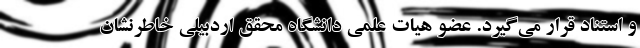
و استناد قرار می‌گیرد. عضو هیات علمی دانشگاه محقق اردبیلی خاطرنشان